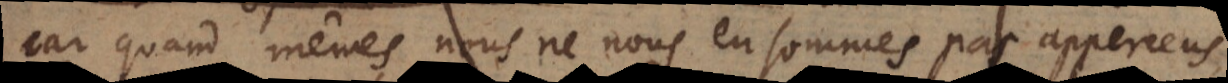
car quand même nous ne nous en sommes pas apperceus